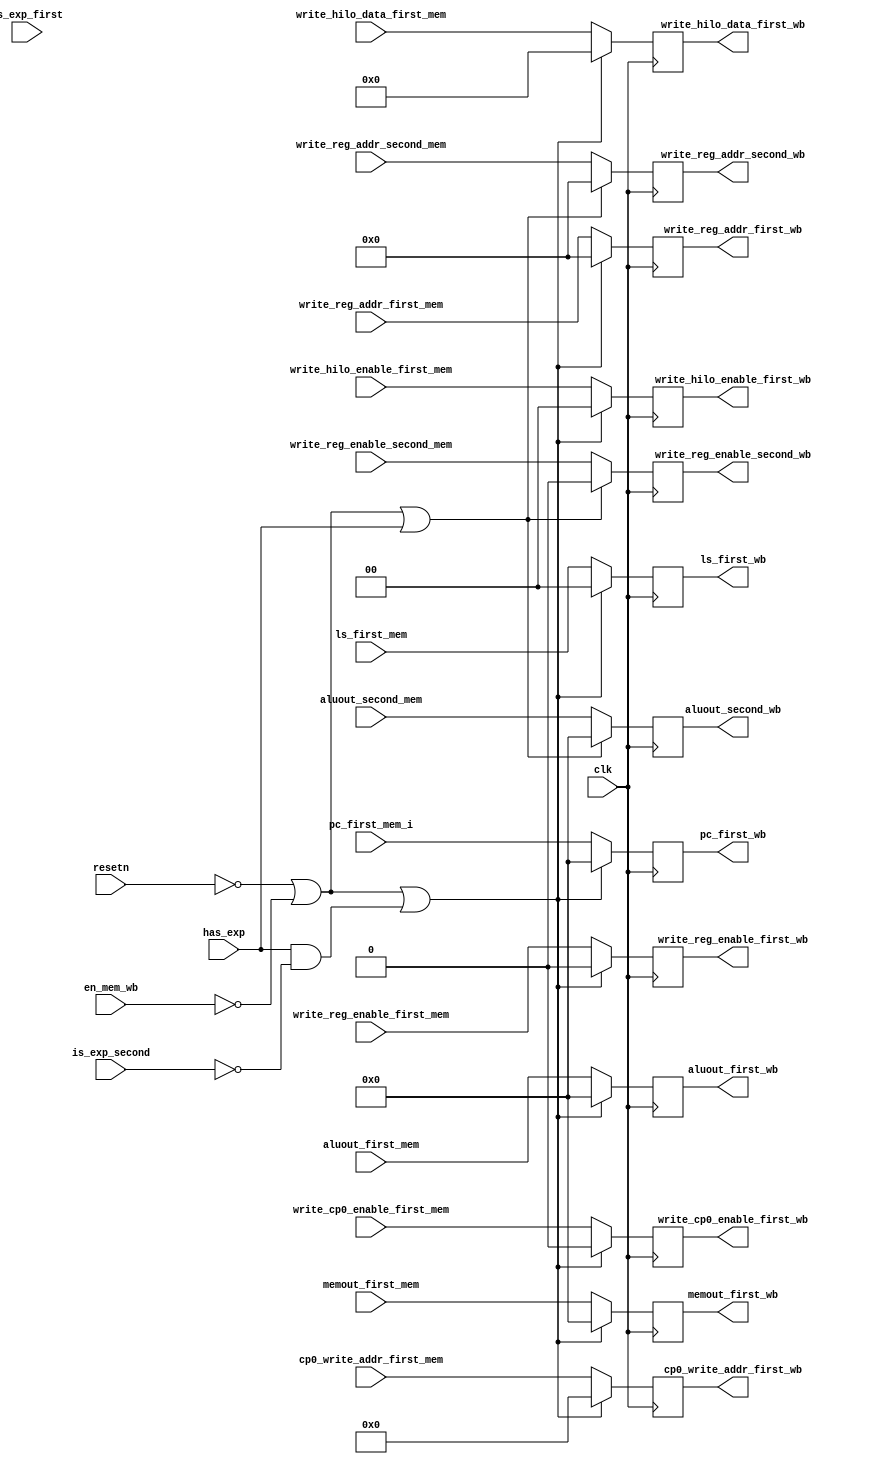
module mem_wb(
    input wire clk,
    input wire resetn,
    input wire has_exp,
    input wire is_exp_first,
    input wire is_exp_second,
    input wire en_mem_wb,
    input wire write_reg_enable_first_mem,
    input wire write_reg_enable_second_mem,
    input wire [1:0] write_hilo_enable_first_mem,
    input wire [4:0] write_reg_addr_first_mem,
    input wire [4:0] write_reg_addr_second_mem,
    input wire [31:0] memout_first_mem,
    input wire [31:0] aluout_first_mem,
    input wire [31:0] aluout_second_mem,
    input wire [7:0] cp0_write_addr_first_mem,
    input wire write_cp0_enable_first_mem,
    input wire [63:0] write_hilo_data_first_mem,
    input wire [1:0] ls_first_mem,
    input wire [31:0] pc_first_mem_i,
    output reg [31:0] pc_first_wb,
    output reg [1:0] ls_first_wb,
    output reg write_reg_enable_first_wb,
    output reg write_reg_enable_second_wb,
    output reg [1:0] write_hilo_enable_first_wb,
    output reg [4:0] write_reg_addr_first_wb,
    output reg [4:0] write_reg_addr_second_wb,
    output reg [31:0] memout_first_wb,
    output reg [31:0] aluout_first_wb,
    output reg [31:0] aluout_second_wb,
    output reg [7:0] cp0_write_addr_first_wb,
    output reg write_cp0_enable_first_wb,
    output reg [63:0] write_hilo_data_first_wb
);

always@(posedge clk)begin
    if(!resetn || !en_mem_wb || (has_exp && ~is_exp_second)) begin
        write_reg_enable_first_wb               <=                   0;
        write_hilo_enable_first_wb              <=                   0;    
        write_reg_addr_first_wb                 <=                   0;      
        memout_first_wb                         <=                   0;                    
        aluout_first_wb                         <=                   0;                    
        cp0_write_addr_first_wb                 <=                   0;                 
        write_cp0_enable_first_wb               <=                   0;               
        write_hilo_data_first_wb                <=                   64'd0;  
        ls_first_wb                             <=                   0;
        pc_first_wb                             <=                   0;             
    end
    else begin
        write_reg_enable_first_wb               <=                   write_reg_enable_first_mem ;
        write_hilo_enable_first_wb              <=                   write_hilo_enable_first_mem;        
        write_reg_addr_first_wb                 <=                   write_reg_addr_first_mem   ;            
        memout_first_wb                         <=                   memout_first_mem           ;                                        
        aluout_first_wb                         <=                   aluout_first_mem           ;                                        
        cp0_write_addr_first_wb                 <=                   cp0_write_addr_first_mem   ;                                  
        write_cp0_enable_first_wb               <=                   write_cp0_enable_first_mem ;                              
        write_hilo_data_first_wb                <=                   write_hilo_data_first_mem  ;
        ls_first_wb                             <=                  ls_first_mem;     
        pc_first_wb                             <=                  pc_first_mem_i;      
       // $display("mem_wb first pipeline is working!");
    end
end

always@(posedge clk)begin
    if(!resetn || !en_mem_wb|| has_exp) begin
        write_reg_enable_second_wb              <=                    0;      
        write_reg_addr_second_wb                <=                    0;        
        aluout_second_wb                        <=                    0;       
    end
    else begin
        write_reg_enable_second_wb              <=                    write_reg_enable_second_mem ;      
        write_reg_addr_second_wb                <=                    write_reg_addr_second_mem   ;        
        aluout_second_wb                        <=                    aluout_second_mem           ;
    end
end
endmodule